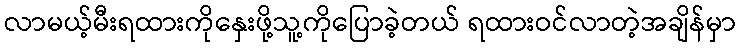
လာမယ့်မီးရထားကိုနှေးဖို့သူ့ကိုပြောခဲ့တယ် ရထားဝင်လာတဲ့အချိန်မှာ